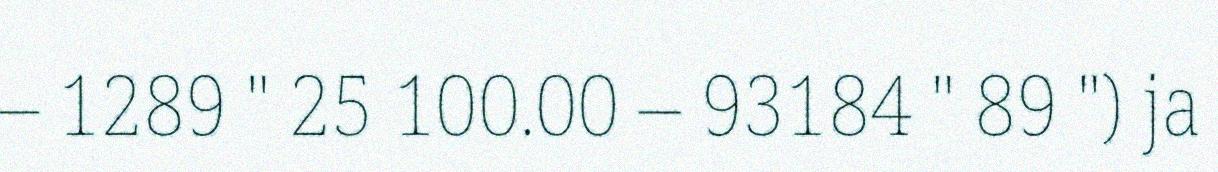
– 1289 " 25 100.00 – 93184 " 89 ") ja